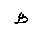
Letter: _za